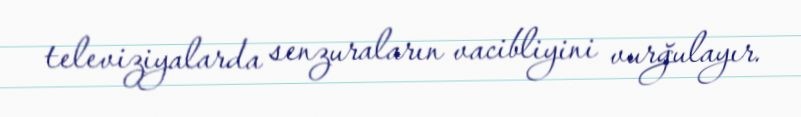
televiziyalarda senzuraların vacibliyini vurğulayır.